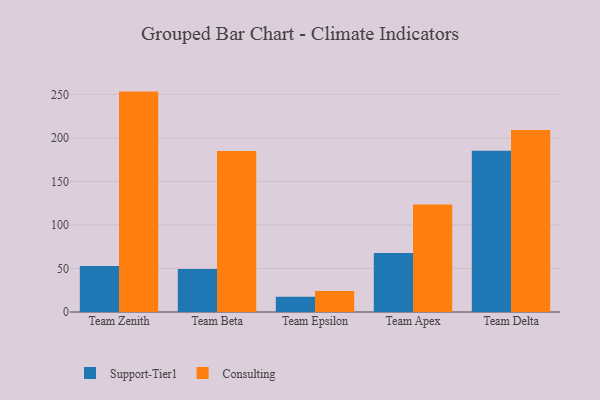
{"axis": {"x": "Team", "y": "Net Income (USD K)"}, "legend": ["Consulting", "Support-Tier1"], "data": [{"x": "Team Zenith", "y": 52.8, "type": "Support-Tier1"}, {"x": "Team Zenith", "y": 253.2, "type": "Consulting"}, {"x": "Team Beta", "y": 49.4, "type": "Support-Tier1"}, {"x": "Team Beta", "y": 185.0, "type": "Consulting"}, {"x": "Team Epsilon", "y": 17.6, "type": "Support-Tier1"}, {"x": "Team Epsilon", "y": 24.0, "type": "Consulting"}, {"x": "Team Apex", "y": 67.9, "type": "Support-Tier1"}, {"x": "Team Apex", "y": 123.6, "type": "Consulting"}, {"x": "Team Delta", "y": 185.3, "type": "Support-Tier1"}, {"x": "Team Delta", "y": 209.1, "type": "Consulting"}]}